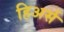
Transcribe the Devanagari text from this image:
हिअर्स